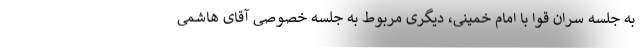
به جلسه سران قوا با امام خمینی، دیگری مربوط به جلسه خصوصی آقای هاشمی